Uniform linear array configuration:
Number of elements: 16
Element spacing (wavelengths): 0.25
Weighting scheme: cosine
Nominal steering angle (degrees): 45
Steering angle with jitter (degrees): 44.037
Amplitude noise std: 0.05
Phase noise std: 0.05

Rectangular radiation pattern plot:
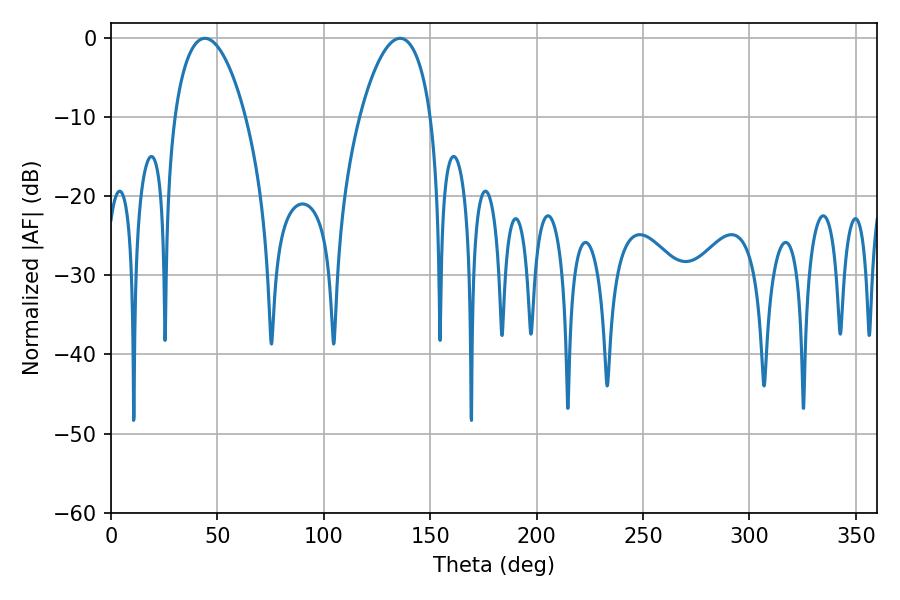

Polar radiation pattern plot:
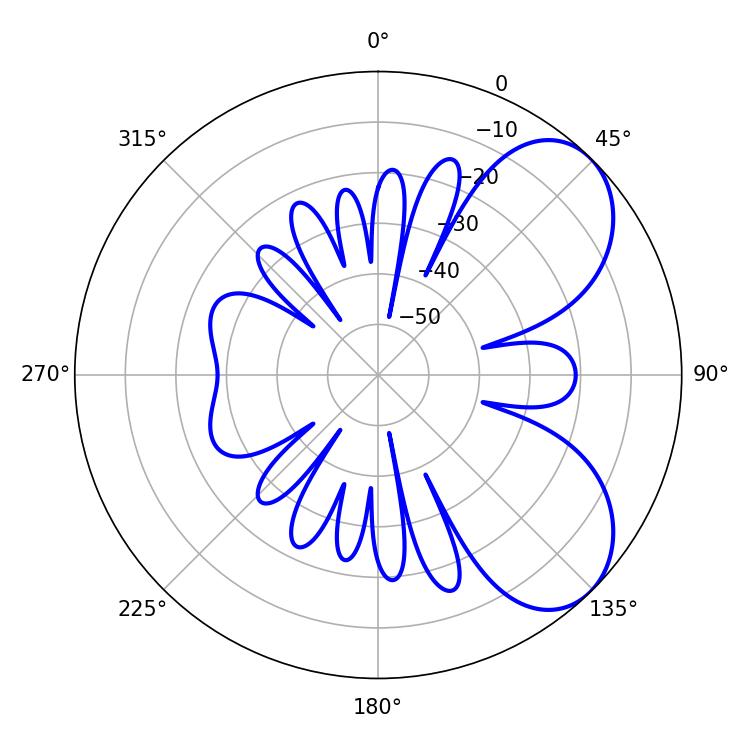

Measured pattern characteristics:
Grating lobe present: FALSE
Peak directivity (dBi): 6.111
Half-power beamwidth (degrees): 18.9
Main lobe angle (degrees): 44.1